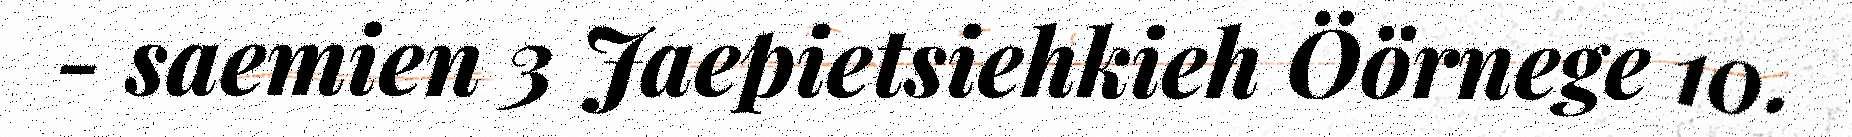
- saemien 3 Jaepietsiehkieh Öörnege 10.